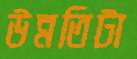
উন্নতিটা